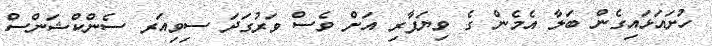
ހުށައަޅައިގެން ބަލާ އެމެން ގެ ވިޔަފާރި އަށް ވެސް ވަރުގަދަ ސިވިއަރ ސެންކްޝަންސް